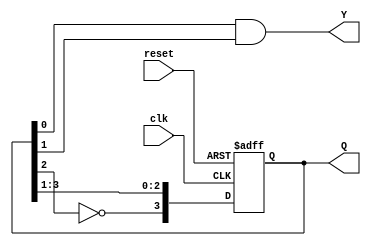
module johnson_counter (
    input wire clk,        // Clock input
    input wire reset,      // Asynchronous reset
    output reg [n-1:0] Q,  // State output
    output reg Y           // Output based on the state
);
    parameter n = 4; // Number of flip-flops (can be adjusted)

    // State transition logic
    always @(posedge clk or posedge reset) begin
        if (reset) begin
            Q <= 0; // Initialize the counter to 0 on reset
        end else begin
            // Johnson counter state transition
            Q <= {~Q[n-2], Q[n-1:1]};
        end
    end

    // Output logic (Moore output)
    always @(*) begin
        // Example output logic: Y can be any combination of Q states
        Y = Q[0] & Q[1]; // Change this logic as needed
    end
endmodule